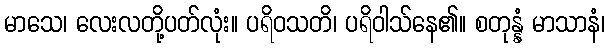
မာသေ၊ လေးလတို့ပတ်လုံး။ ပရိဝသတိ၊ ပရိဝါသ်နေ၏။ စတုန္နံ မာသာနံ၊